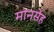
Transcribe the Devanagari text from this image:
मानसेंह